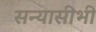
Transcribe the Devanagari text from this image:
सन्यासीभी